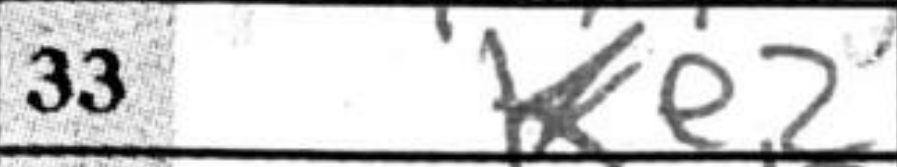
Transcription: Ke2